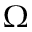
\Omega